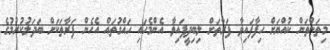
މިތަންތަން ކުއްޔަށް ހިފާފައިވާ ފަރާތަށް ލިބިދީފައިވާ އެންމެހައި ހައްގުތައް އެހެން ފަރާތަކަށް ބަދަލުކުރުމުގެ